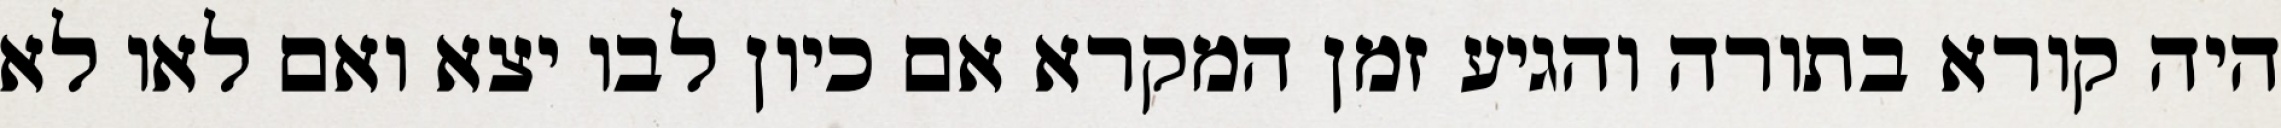
היה קורא בתורה והגיע זמן המקרא אם כיון לבו יצא ואם לאו לא